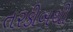
તરકીબથી